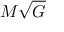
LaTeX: M { \sqrt { G } }